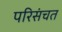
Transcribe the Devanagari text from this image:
परिसंचत